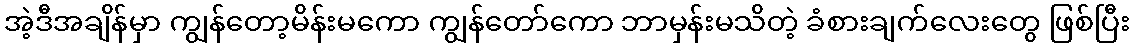
အဲ့ဒီအချိန်မှာ ကျွန်တော့မိန်းမကော ကျွန်တော်ကော ဘာမှန်းမသိတဲ့ ခံစားချက်လေးတွေ ဖြစ်ပြီး